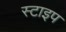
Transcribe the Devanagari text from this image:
स्टाइप